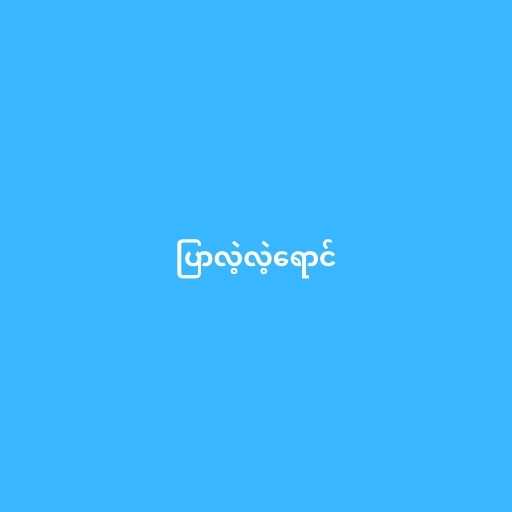
ပြာလဲ့လဲ့ရောင်